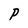
Character: P